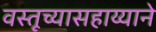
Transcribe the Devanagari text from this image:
वस्तूच्यासहाय्याने